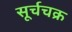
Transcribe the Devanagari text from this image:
सूर्चचक्र